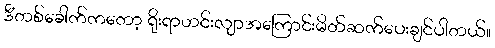
ဒီတစ်ခေါက်ကတော့ ရိုးရာဟင်းလျာအကြောင်းမိတ်ဆက်ပေးချင်ပါတယ်။